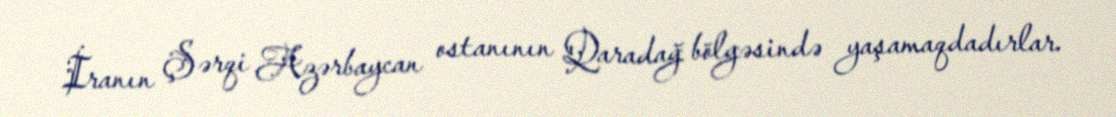
İranın Şərqi Azərbaycan ostanının Qaradağ bölgəsində yaşamaqdadırlar.